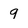
Character: q